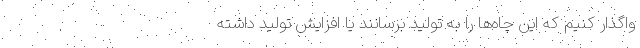
واگذار کنیم که این چاه‌ها را به تولید برسانند یا افزایش تولید داشته